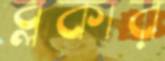
ব্লকার